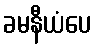
ခမနီယံပေ